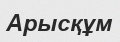
Арысқұм